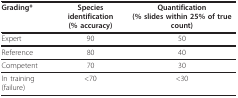
<table><thead><tr><td><b>Grading*</b></td><td><b>Species identification(% accuracy)</b></td><td><b>Quantification(% slides within 25% of true count)</b></td></tr></thead><tbody><tr><td>Expert</td><td>90</td><td>50</td></tr><tr><td>Reference</td><td>80</td><td>40</td></tr><tr><td>Competent</td><td>70</td><td>30</td></tr><tr><td>In training (failure)</td><td>&lt;70</td><td>&lt;30</td></tr></tbody></table>